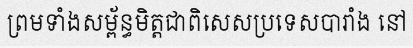
ព្រមទាំងសម្ព័ន្ធមិត្តជាពិសេសប្រទេសបារាំង នៅ